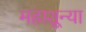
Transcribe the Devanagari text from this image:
महाशून्या